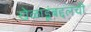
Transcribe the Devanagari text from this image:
खेळाडूंबद्दलची